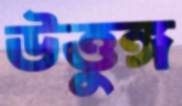
উত্তুঙ্গ